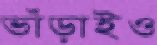
ভাঁড়াইও